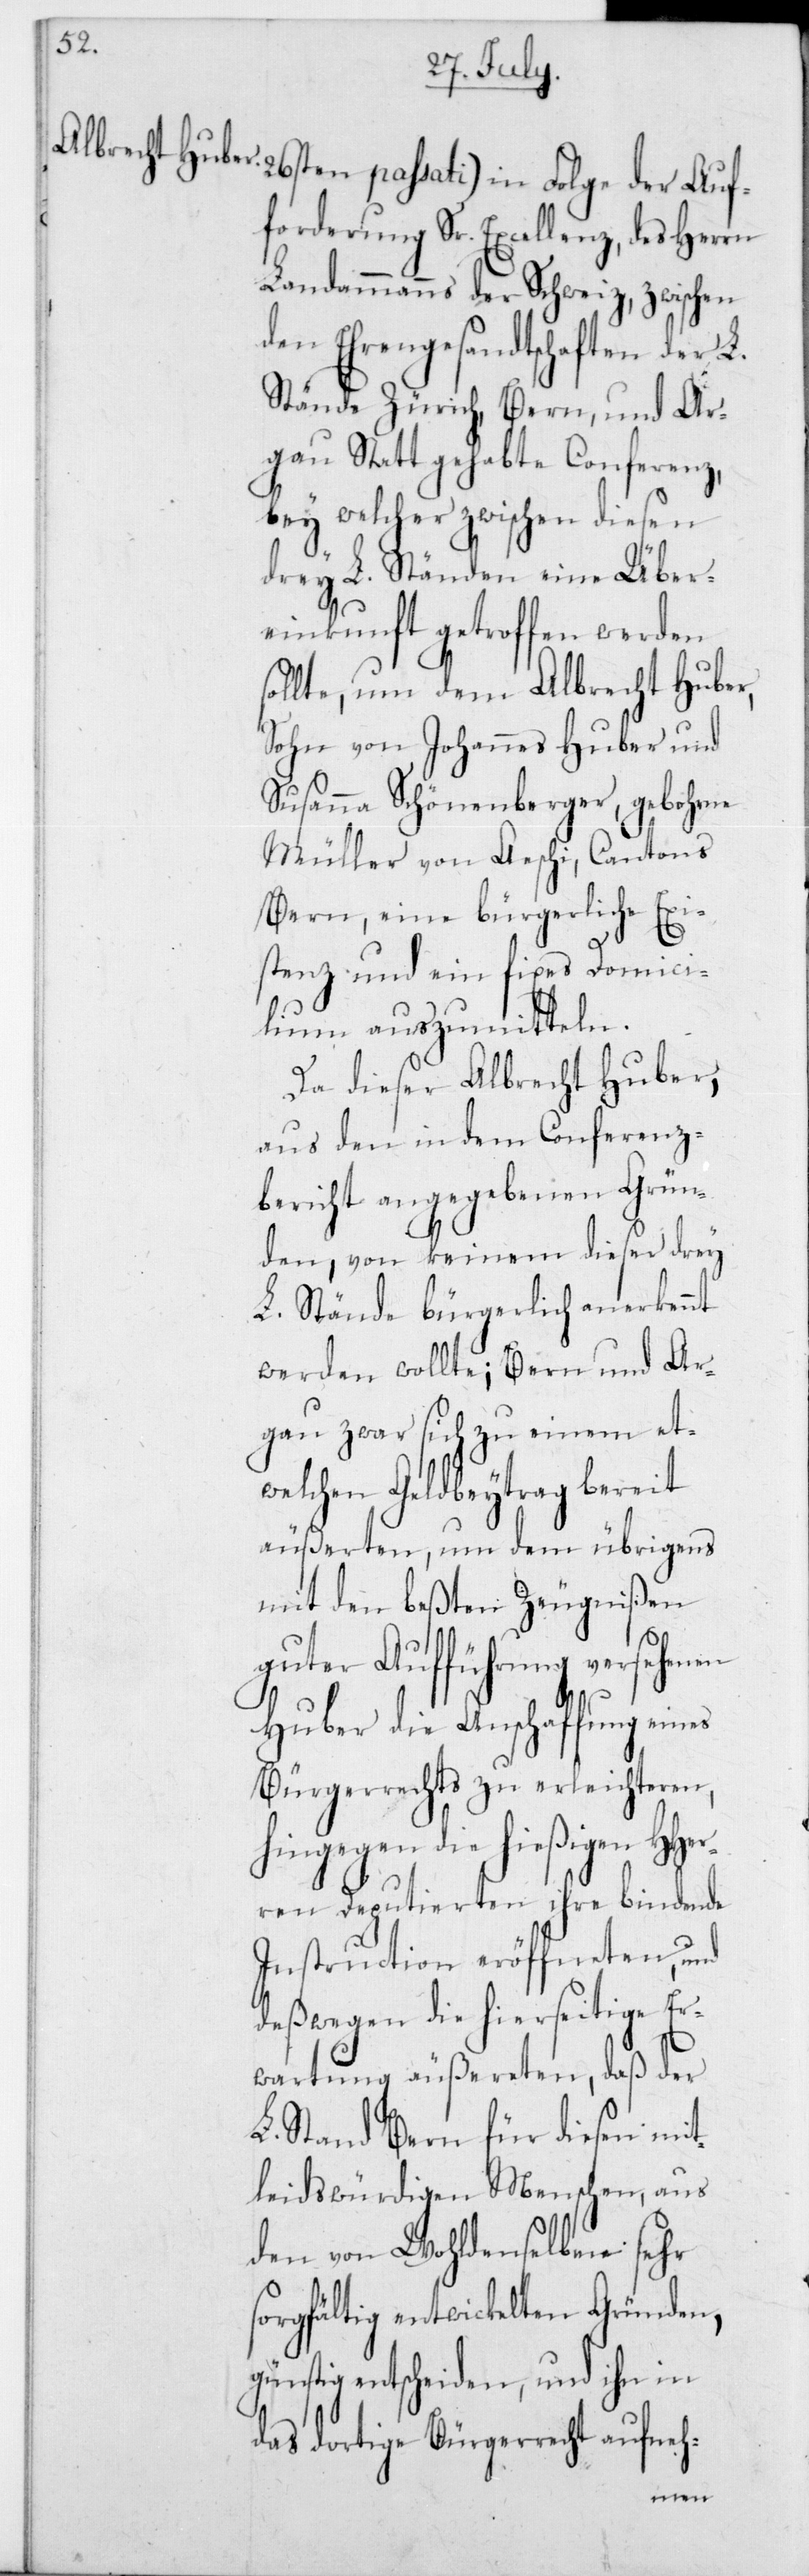
Auf¬
forderung Sr. Excellenz,des Herrn
Landammanns der Schweiz, zwischen
den Ehrengesandtschaften der L.
Stände Zürich, Bern und Ar¬
gau Statt gehabte Conferenz,
bey welcher zwischen diesen
drey L. Ständen eine Über¬
einkunft getroffen werden
sollte, um dem Albrecht Huber,
Sohn von Johannes Huber und
Susanna Schönenberger, gebohrne
Müller von Aeschi, Cantons
Bern, eine bürgerliche Exi¬
stenz und ein fixes Domici¬
lium auszumitteln.
Da dieser Albrecht Huber,
aus den in dem Conferenz¬
bericht angegebenen Grün¬
den, von keinem dieser drey
L. Stände bürgerlich anerkennt
werden wollte; Bern und Ar¬
gau zwar sich zu einem et¬
welchen Geldbeytrag bereit
äußerten, um dem übrigens
mit den beßten Zeugnißen
guter Aufführung versehenen
Huber die Anschaffung eines
Bürgerrechts zu erleichteren,
hingegen die hießigen HHer¬
ren Deputierten ihre bindende
Instruction eröffneten, und
deßwegen die hierseitige Er¬
wartung äußereten, daß der
L. Stand Bern für diesen mit¬
leidswürdigen Menschen, aus
den von Wohldenselben sehr
sorgfältig entwickelten Gründen,
günstig entscheiden, und ihn in
das dortige Bürgerrecht aufneh-